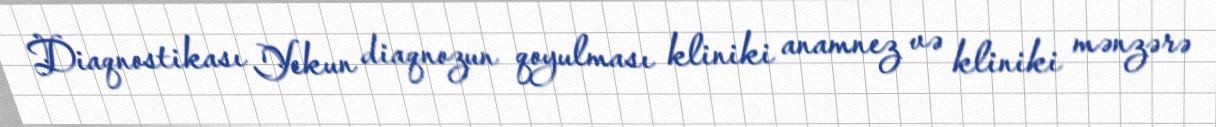
Diaqnostikası Yekun diaqnozun qoyulması kliniki anamnez və kliniki mənzərə